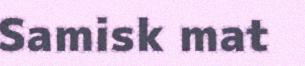
Samisk mat